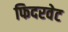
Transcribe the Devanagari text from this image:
फिदरवेट